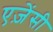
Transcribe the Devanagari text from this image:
एज़ेंसी